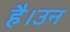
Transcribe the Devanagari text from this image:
है।उन